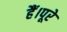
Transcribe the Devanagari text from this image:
हैं।पूरे